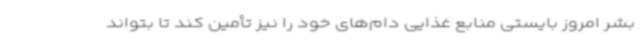
بشر امروز بایستی منابع غذایی دام‌های خود را نیز تأمین کند تا بتواند